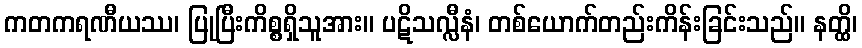
ကတကရဏီယဿ၊ ပြုပြီးကိစ္စရှိသူအား။ ပဋိသလ္လီနံ၊ တစ်ယောက်တည်းကိန်းခြင်းသည်။ နတ္ထိ၊